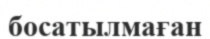
босатылмаған